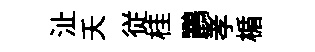
沚夭従桂鸝孝楯